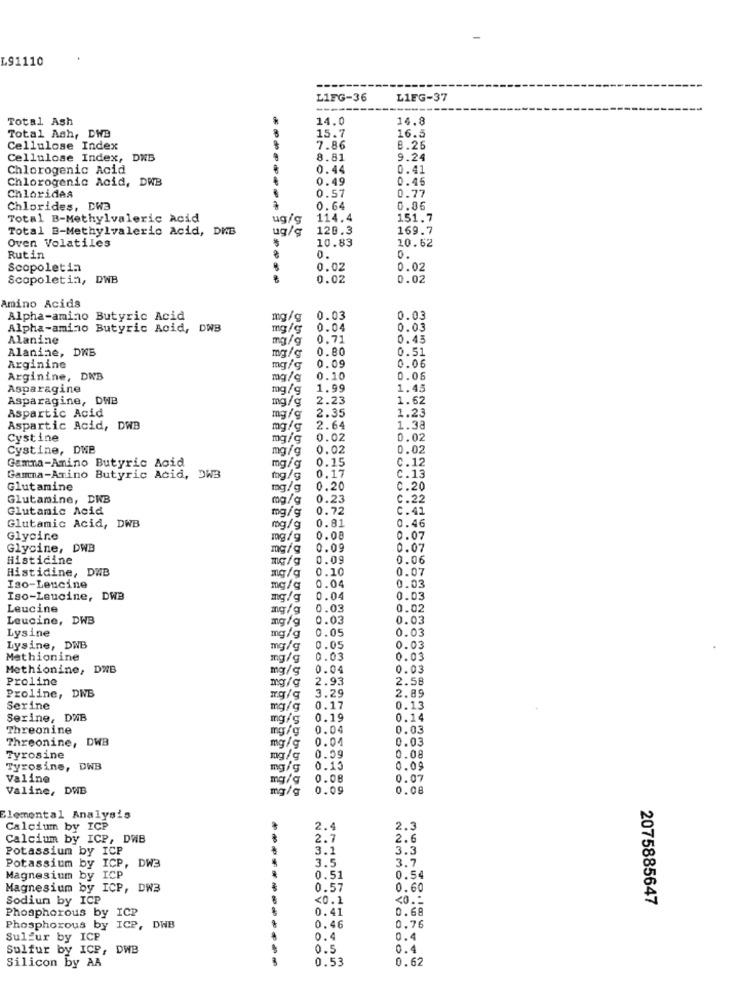
L91110
L1FG-36
L1FG-37
--
Total Ash
14.0
14.8
Total Ash, DWB
15.7
16.5
Cellulose Index
7.86
8.26
Cellulose Index, DNB
8.81
9.24
Chlorogenic Acid
0.44
0.41
Chlorogenic Acid, DWB
0.49
0.45
0.57
0.77
Chlorides
Chlorides, DW3
0.64
0.06
Total B-Methylvaleric Acid
ug/g
114.4
151.7
Total B-Methylvalerio Acid, DKB
ug/g
120.3
169.7
Oven Volatiles
$
10.83
10.62
0.
Rutin
0.
Scopoletin
0.02
0.02
Scopoletin, DWB
0.02
0.02
Amino Acids
Alpha-amino Butyric Acid
mg/g
0.03
0.03
Alpha-amino Butyric Acid, DNB
mg/g
0.04
0.03
Alanine
mg/g
0.71
0.43
Alanine, DNB
0.51
mg/g
0.80
0.09
0.06
Arginine
mg/g
Arginine, DNB
mg/g
0.10
0.06
Asparagine
mg/g
1.99
1.45
Asparagine, DWB
2.23
1.62
Aspartic Acid
mg/g
mg/g
2.35
1.23
Aspartic Acid, DWB
mg/g
2.64
1.38
Cystine
mg/g
0.02
0.02
Cystine, DWB
mg/g
0.02
0.02
Gamma-Amino Butyric Acid
0.15
C.12
mg/g
0.17
C. 13
Gamma-Amino Butyric Acid, DW3
mg/g
Glutamine
mg/g
0.20
0.20
Glutamine, DWB
mg/g
0.23
C.22
Glutamic Acid
mg/g
0.72
C.41
Glutamic Acid, DWB
0.81
0.46
mg/g
Glycine
mg/g
0.08
0.07
Glycine, DWB
mg/g
0.09
0.07
Histidine
mg/g
0.09
0.06
Histidine, DWB
0.10
0.07
mg/g
Iso-Leucine
mg/g
0.04
0.03
Iso-Leucine, DWB
mg/g
0.04
0.03
Leucine
mg/g
0.03
0.02
Leucine, DWB
mg/g
0.03
0.03
Lysine
0.05
0.03
mg/g
Lysine, DWB
mg/g
0.05
0.03
Methionine
mg/g
0.03
0.03
Methionine, DWB
0.04
0.03
Proline
mg/g
2.93
2.58
3.29
2.89
Proline, DNB
Serine
mg/g
0.17
0.13
Serine, DWB
mg/g
0.19
0.14
Threonine
mg/g
0.04
0.03
Threonine, DWB
0.04
0.03
mg/g
0.59
0.08
Tyrosine
mg/g
Tyrosine, DWB
mg/g
0.13
0.09
Valine
mg/g
0.08
0.07
Valine, DWB
mg/g
0.09
0.08
Elemental Analysis
Calcium by ICP
2.4
2.3
Calcium by ICP, DWB
2.7
2.6
Potassium by ICP
3.1
3.3
---
3.5
3.7
Potassium by ICP, DW3
Magnesium by ICP
0.51
0.54
Magnesium by ICP, DW3
0.57
0.60
Sodiun by ICP
<0.1
<0 .-
2075885647
Phosphorous by
0.41
0.68
0.76
Phosphorous by
DWB
0.46
Sulfur by ICP
0.4
0.4
Sulfur by ICP, DWB
0.5
0.4
Silicon by AA
0.53
0.62